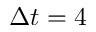
\Delta t = 4